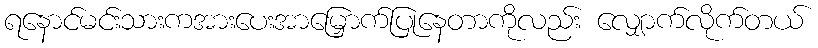
ရနောင်မင်းသားကအားပေးအာမြှောက်ပြုနေတာကိုလည်း လျှောက်လိုက်တယ်